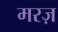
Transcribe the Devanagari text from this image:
मरज़